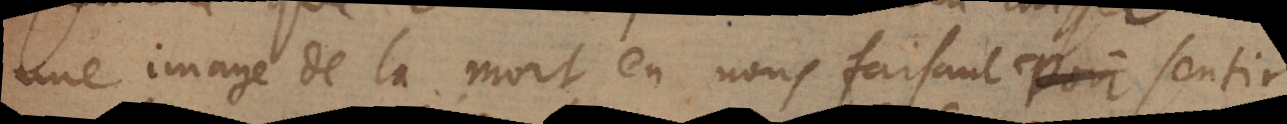
une image de la mort en nous faisant sentir